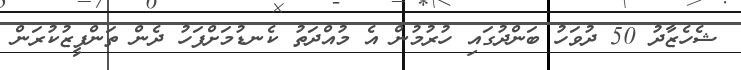
ޝެހެޒާދު 50 ދުވަހު ބަންދުގައި ހުރުމުން އެ މުއްދަތު ކެނޑުމަށްފަހު ދެން ތަންފީޒުކުރަން